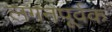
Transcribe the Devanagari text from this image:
लगनपूर्वक